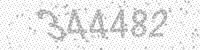
Solution: 344482